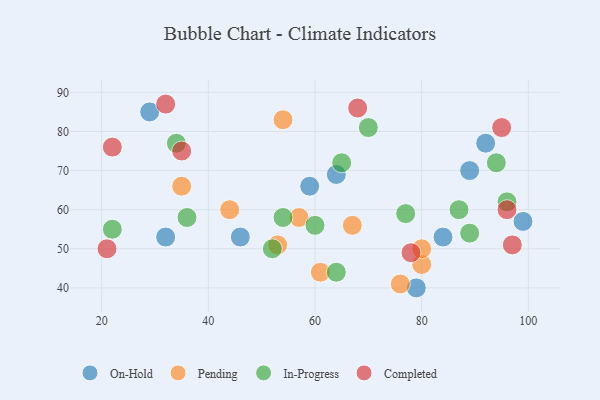
{"axis": {"x": "GDP", "y": "Life Expectancy"}, "legend": ["Completed", "In-Progress", "On-Hold", "Pending"], "data": [{"x": "32", "y": 53, "type": "On-Hold"}, {"x": "79", "y": 40, "type": "On-Hold"}, {"x": "64", "y": 69, "type": "On-Hold"}, {"x": "92", "y": 77, "type": "On-Hold"}, {"x": "46", "y": 53, "type": "On-Hold"}, {"x": "29", "y": 85, "type": "On-Hold"}, {"x": "99", "y": 57, "type": "On-Hold"}, {"x": "89", "y": 70, "type": "On-Hold"}, {"x": "59", "y": 66, "type": "On-Hold"}, {"x": "84", "y": 53, "type": "On-Hold"}, {"x": "76", "y": 41, "type": "Pending"}, {"x": "35", "y": 66, "type": "Pending"}, {"x": "53", "y": 51, "type": "Pending"}, {"x": "57", "y": 58, "type": "Pending"}, {"x": "61", "y": 44, "type": "Pending"}, {"x": "80", "y": 46, "type": "Pending"}, {"x": "54", "y": 83, "type": "Pending"}, {"x": "67", "y": 56, "type": "Pending"}, {"x": "44", "y": 60, "type": "Pending"}, {"x": "80", "y": 50, "type": "Pending"}, {"x": "36", "y": 58, "type": "In-Progress"}, {"x": "64", "y": 44, "type": "In-Progress"}, {"x": "34", "y": 77, "type": "In-Progress"}, {"x": "22", "y": 55, "type": "In-Progress"}, {"x": "89", "y": 54, "type": "In-Progress"}, {"x": "54", "y": 58, "type": "In-Progress"}, {"x": "65", "y": 72, "type": "In-Progress"}, {"x": "77", "y": 59, "type": "In-Progress"}, {"x": "94", "y": 72, "type": "In-Progress"}, {"x": "70", "y": 81, "type": "In-Progress"}, {"x": "52", "y": 50, "type": "In-Progress"}, {"x": "96", "y": 62, "type": "In-Progress"}, {"x": "60", "y": 56, "type": "In-Progress"}, {"x": "87", "y": 60, "type": "In-Progress"}, {"x": "95", "y": 81, "type": "Completed"}, {"x": "22", "y": 76, "type": "Completed"}, {"x": "68", "y": 86, "type": "Completed"}, {"x": "35", "y": 75, "type": "Completed"}, {"x": "78", "y": 49, "type": "Completed"}, {"x": "21", "y": 50, "type": "Completed"}, {"x": "97", "y": 51, "type": "Completed"}, {"x": "96", "y": 60, "type": "Completed"}, {"x": "32", "y": 87, "type": "Completed"}]}